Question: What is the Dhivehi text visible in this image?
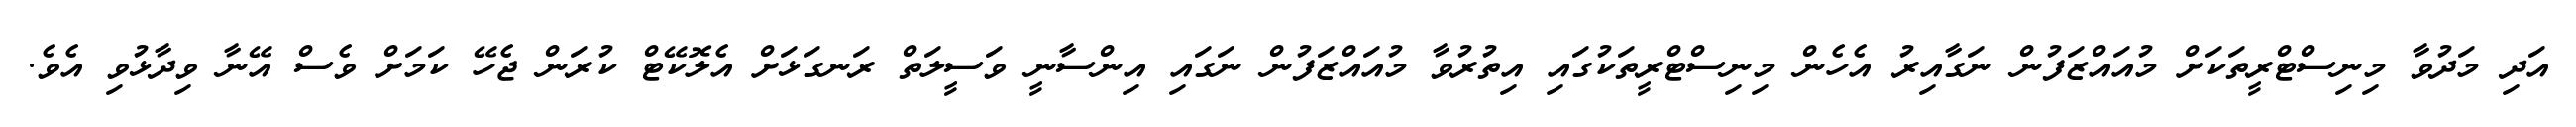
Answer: އަދި މަދުވާ މިނިސްޓްރީތަކަށް މުއައްޒަފުން ނަގާއިރު އެހެން މިނިސްޓްރީތަކުގައި އިތުރުވާ މުއައްޒަފުން ނަގައި އިންސާނީ ވަސީލަތް ރަނގަޅަށް އެލޮކޭޓް ކުރަން ޖެހޭ ކަމަށް ވެސް އޭނާ ވިދާޅުވި އެވެ.